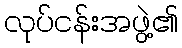
လုပ်ငန်းအဖွဲ့၏